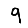
Digit: 9